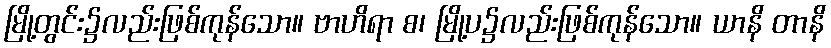
မြို့တွင်း၌လည်းဖြစ်ကုန်သော။ ဗာဟိရာ စ၊ မြို့ပ၌လည်းဖြစ်ကုန်သော။ ယာနိ တာနိ